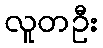
လူတဦး